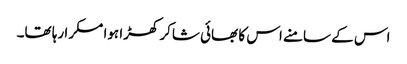
اس کے سامنے اس کا بھائی شاکر کھڑا ہوا مسکرا رہا تھا۔